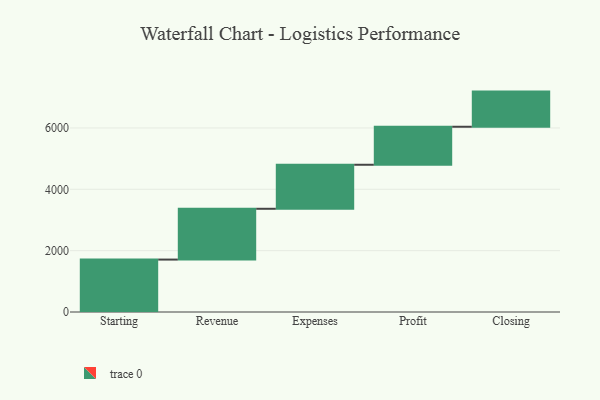
{"axis": {"x": "Step", "y": "Value"}, "legend": [""], "data": [{"x": "Starting", "y": 1709.0, "type": ""}, {"x": "Revenue", "y": 1656.0, "type": ""}, {"x": "Expenses", "y": 1435.0, "type": ""}, {"x": "Profit", "y": 1239.0, "type": ""}, {"x": "Closing", "y": 1146.0, "type": ""}]}